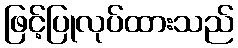
ဖြင့်ပြုလုပ်ထားသည်